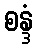
စန္ဒံ